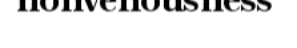
nonvenousness